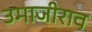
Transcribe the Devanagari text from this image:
उमाजीराव